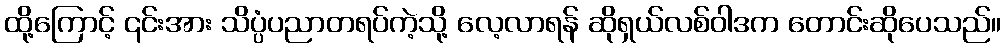
ထို့ကြောင့် ၎င်းအား သိပ္ပံပညာတရပ်ကဲ့သို့ လေ့လာရန် ဆိုရှယ်လစ်ဝါဒက တောင်းဆိုပေသည်။